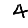
Digit: 4